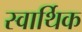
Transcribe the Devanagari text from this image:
स्वार्थिक